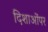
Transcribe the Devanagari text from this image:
दिशाओंपर